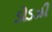
ડોડઝી